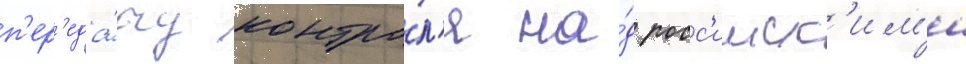
п'ер'еда́чу контро́л'я на́д росс'ииск'им'и